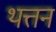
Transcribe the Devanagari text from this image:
थत्तन